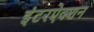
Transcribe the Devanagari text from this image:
इंटरऐक्शन